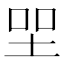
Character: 𡋐